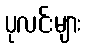
ပုလင်းများ